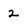
Character: 2